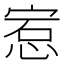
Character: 𪬅